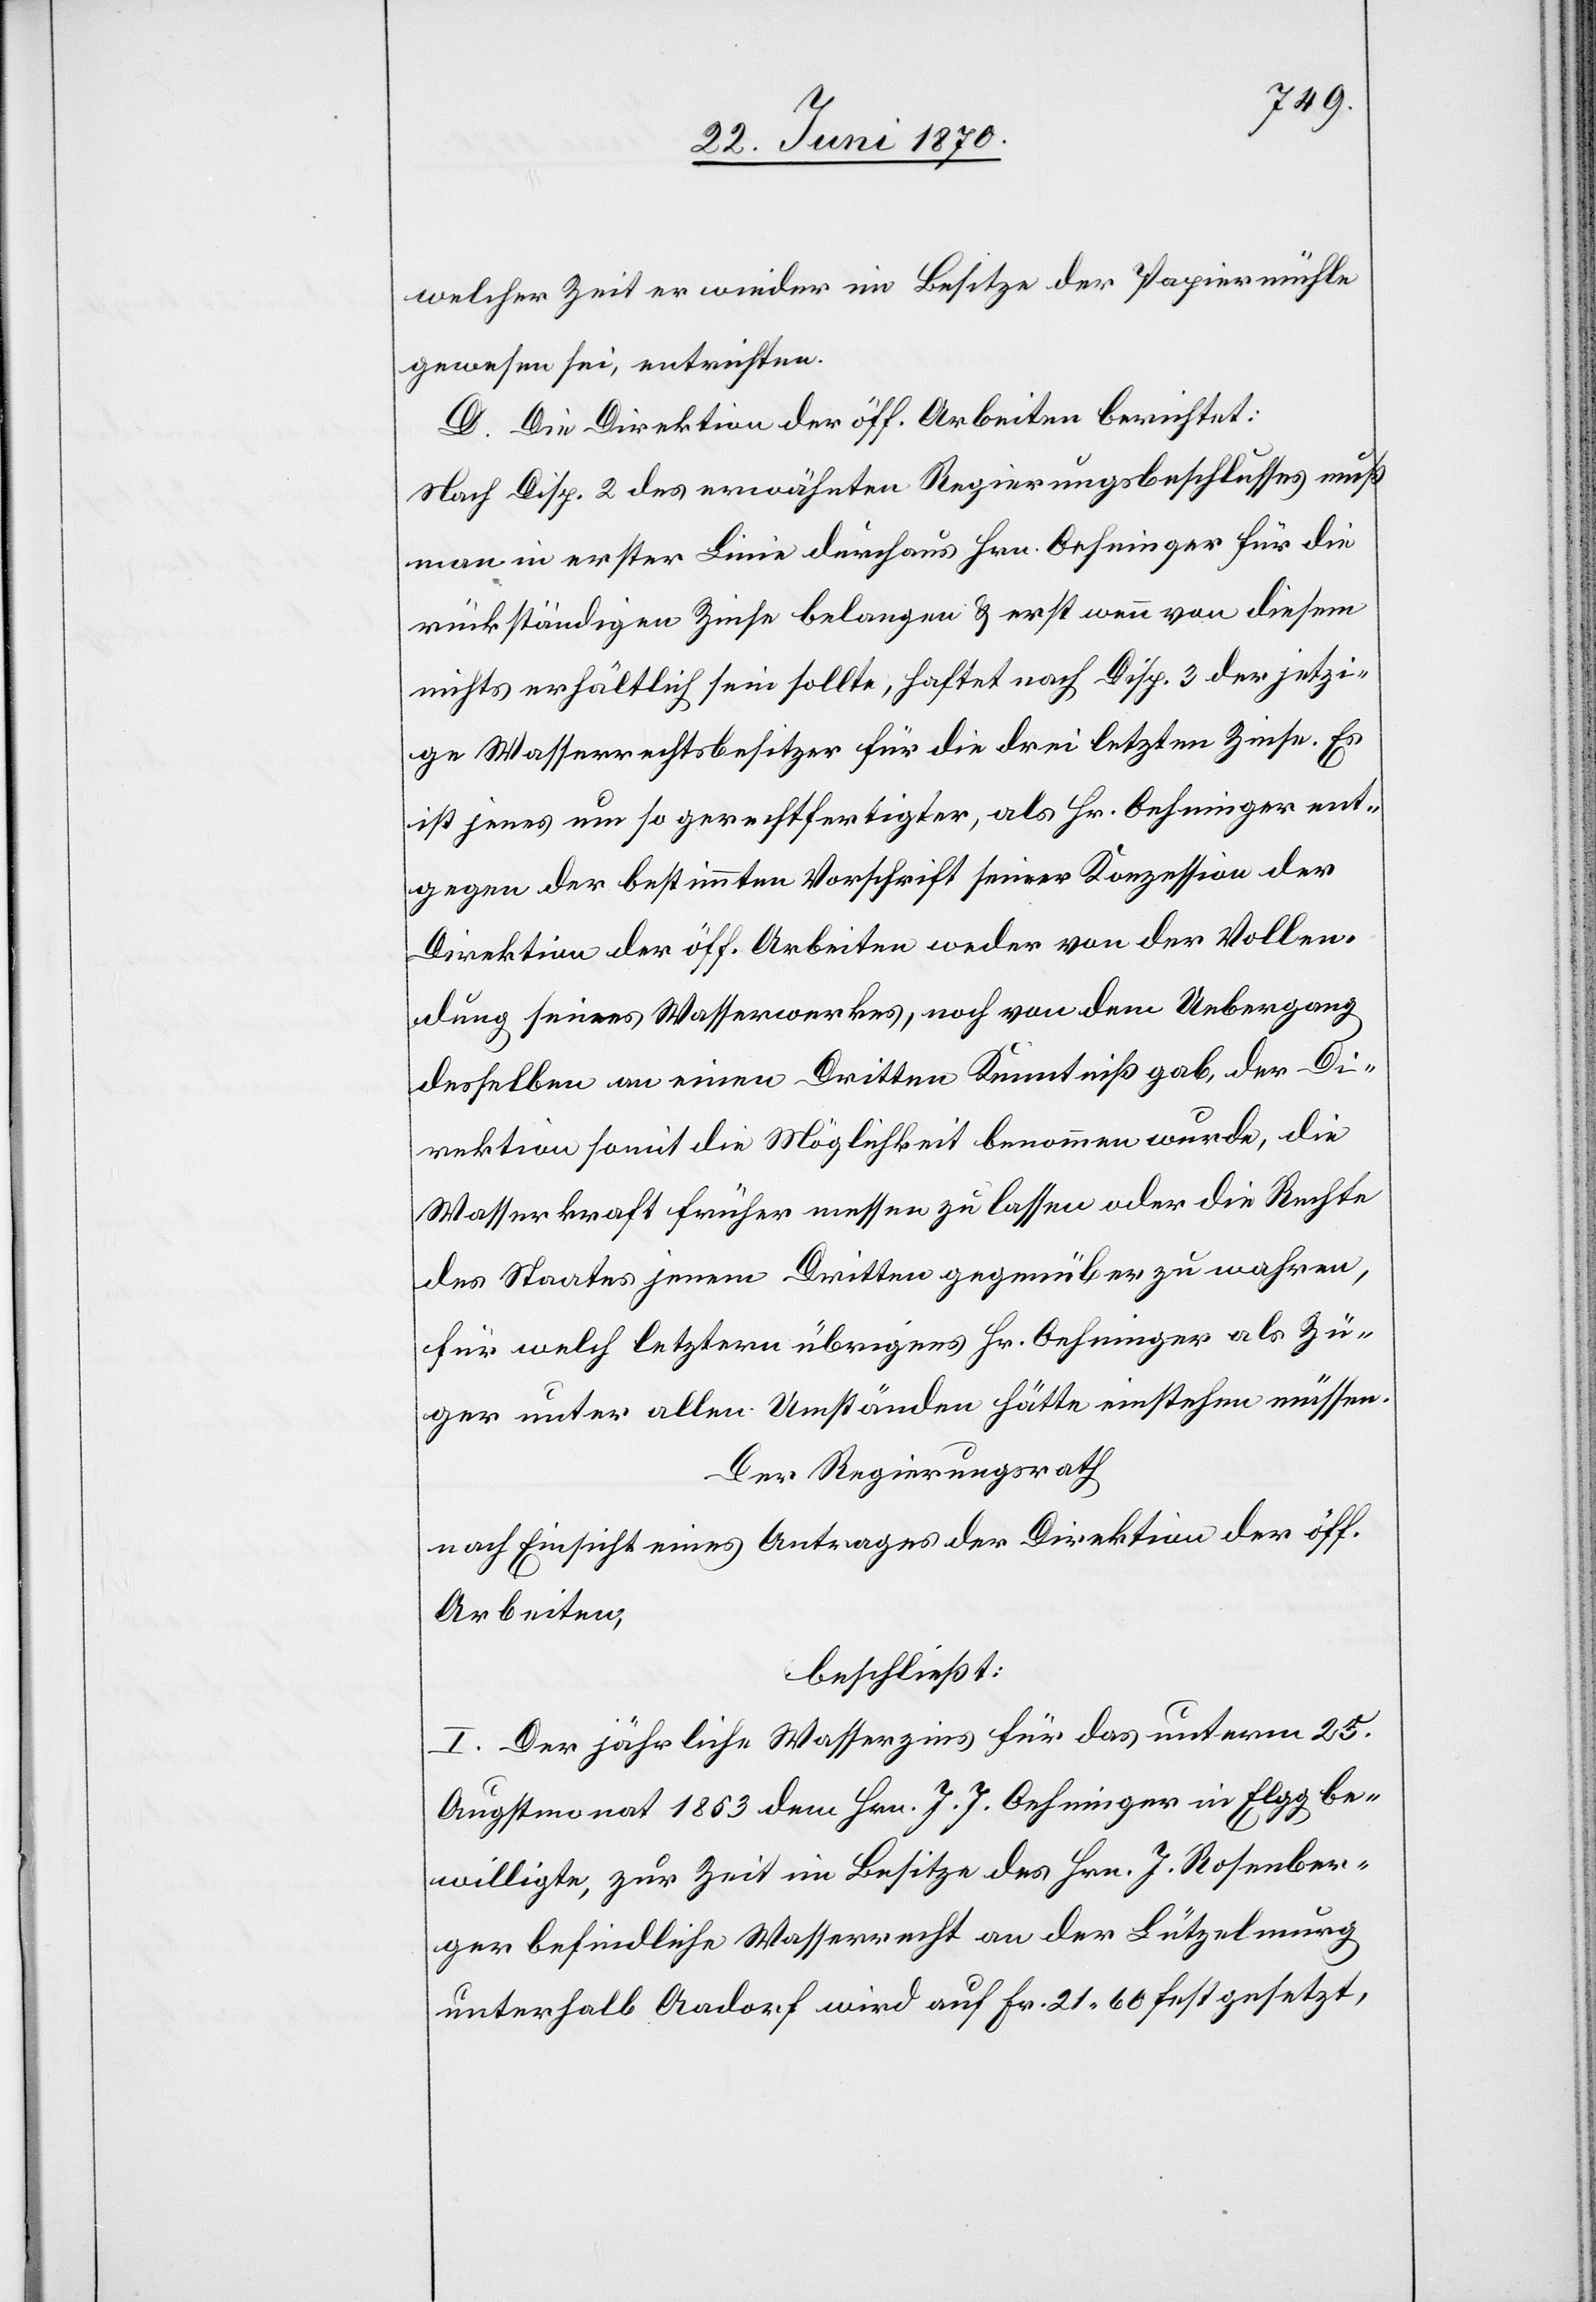
welcher Zeit er wieder im Besitze der Papiermühle
gewesen sei, entrichten.
D. Die Direktion der öff. Arbeiten berichtet:
Nach Disp. 2 des erwähnten Regierungsbeschlusses muß
man in erster Linie durchaus Hrn. Oehninger für die
rückständigen Zinse belangen & erst wenn von diesem
nichts erhältlich sein sollte, haftet nach Disp. 3 der jetzi¬
ge Wasserrechtsbesitzer für die drei letzten Zinse. Es
ist jenes um so gerechtfertigter, als Hr. Oehninger ent¬
gegen der bestimmten Vorschrift seiner Konzession der
Direktion der öff. Arbeiten weder von der Vollen¬
dung seines Wasserwerkes, noch von dem Uebergang
desselben an einen Dritten Kenntniß gab, der Di¬
rektion somit die Möglichkeit benommen [sic!] wurde, die
Wasserkraft früher messen zu lassen oder die Rechte
des Staates jenem Dritten gegenüber zu wahren,
für welch letztern übrigens Hr. Oehninger als Zü¬
ger unter allen Umständen hätte einstehen müssen.
Der Regierungsrath
nach Einsicht eines Antrages der Direktion der öff.
Arbeiten,
beschließt:
I. Der jährliche Wasserzins für das unterm 25.
Augstmonat 1853 dem Hrn. J. J. Oehninger in Elgg be¬
willigte, zur Zeit im Besitze des Hrn. J. Rosenber¬
ger befindliche Wasserrecht an der Lützelmurg
unterhalb Aadorf wird auf Fr. 21.60 festgesetzt,